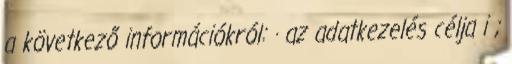
a következő információkról: · az adatkezelés célja i ;